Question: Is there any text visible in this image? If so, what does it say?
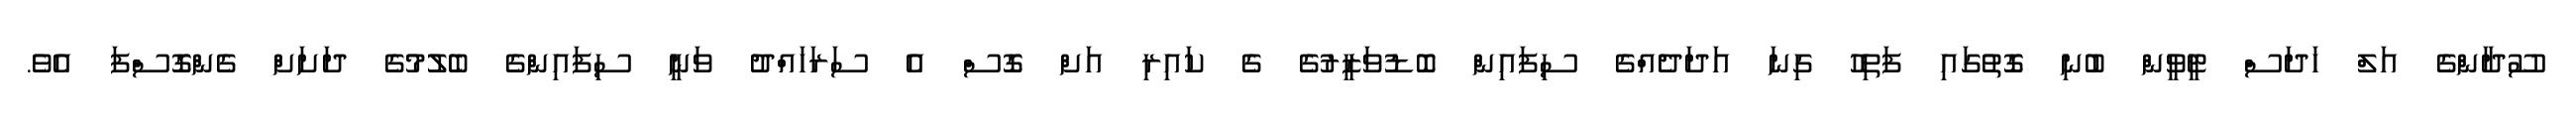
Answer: ސޫދާންގެ އަލް ހަދަސް ޓީވީން ބުނި ގޮތުގައި ފަތިހު ގިނަ އަދަދެއްގެ ސިފައިން ބޮޑުވަޒީރުގެ ގެ ކައިރި އަށް ގޮސް އެ ސަރަހައްދު ވަނީ ސިފައިންގެ ބެލުމުގެ ދަށަށް ގެންގޮސްފަ އެވެ.